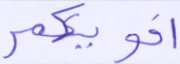
أخويكم